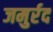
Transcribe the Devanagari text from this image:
जमुर्रद